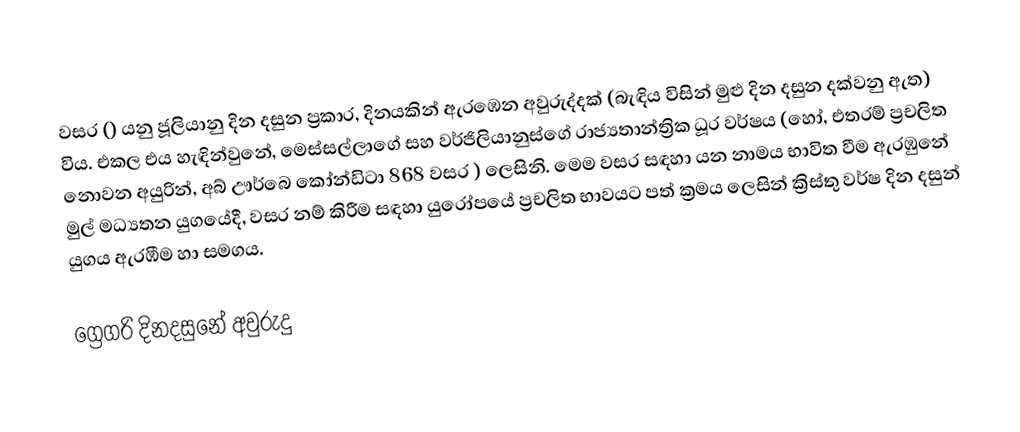

වසර   () යනු  ජූලියානු දින දසුන ප්‍රකාර,    දිනයකින් ඇරඹෙන  අවුරුද්දක්   (බැඳිය විසින් මුළු දින දසුන දක්වනු ඇත)  විය. එකල එය හැඳින්වුනේ, 	මෙස්සල්ලාගේ	 සහ 	වර්ජිලියානුස්ගේ	  රාජ්‍යතාන්ත්‍රික  ධූර වර්ෂය  (හෝ, එතරම් ප්‍රචලිත නොවන අයුරින්,  අබ් ඌර්බෙ කෝන්ඩිටා 	868	  වසර  ) ලෙසිනි. මෙම වසර සඳහා   යන නාමය භාවිත වීම ඇරඹුනේ මුල් මධ්‍යතන යුගයේදී, වසර නම් කිරීම සඳහා යුරෝපයේ ප්‍රචලිත භාවයට පත් ක්‍රමය ලෙසින් ක්‍රිස්තු වර්ෂ දින දසුන් යුගය ඇරඹීම හා සමගය.

ග්‍රෙගරි දිනදසුනේ අවුරුදු